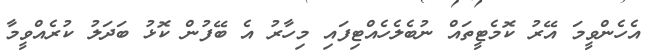
އެހެންވީމަ އޭރު ކޮމެޓީތައް ނުބެލެހެއްޓިފައި މިހާރު އެ ބޭފުުން ކޮޅު ބަދަލު ކުރެއްވީމާ